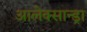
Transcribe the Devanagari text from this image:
आलेक्सान्ड्रा